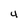
Character: 4